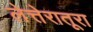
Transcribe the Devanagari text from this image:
लेत्तेरातूरा